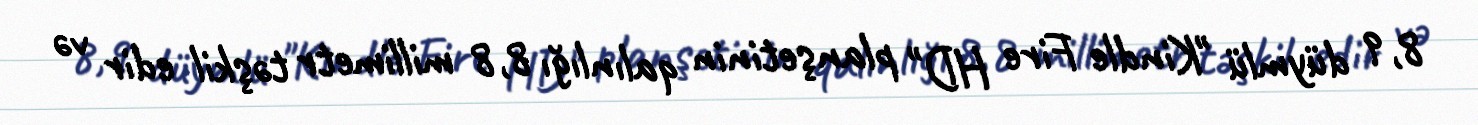
8,9 düymlü "Kindle Fire HD" planşetinin qalınlığı 8,8 millimetr təşkil edir və